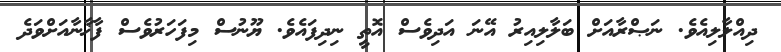
ދިއްލާލިއެވެ. ނަޞްރާއަށް ބަލާލިއިރު އޭނަ އަދިވެސް އޮތީ ނިދިފައެވެ. ޔޫނުސް މިފަހަރުވެސް ފާޚާނާއަށްވަދެ